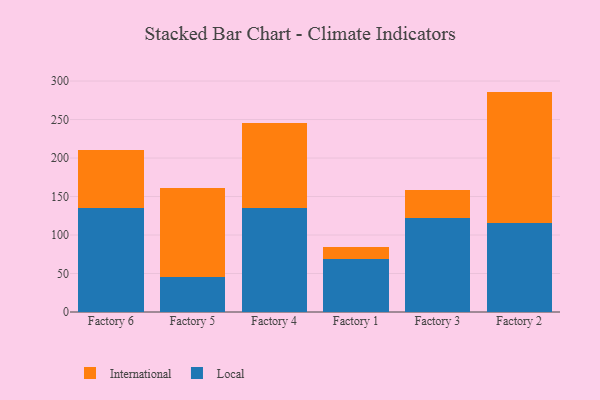
{"axis": {"x": "Factory", "y": "Operating Costs (USD K)"}, "legend": ["International", "Local"], "data": [{"x": "Factory 6", "y": 135.1, "type": "Local"}, {"x": "Factory 6", "y": 74.7, "type": "International"}, {"x": "Factory 5", "y": 45.6, "type": "Local"}, {"x": "Factory 5", "y": 115.4, "type": "International"}, {"x": "Factory 4", "y": 134.5, "type": "Local"}, {"x": "Factory 4", "y": 111.6, "type": "International"}, {"x": "Factory 1", "y": 69.4, "type": "Local"}, {"x": "Factory 1", "y": 14.4, "type": "International"}, {"x": "Factory 3", "y": 121.9, "type": "Local"}, {"x": "Factory 3", "y": 36.1, "type": "International"}, {"x": "Factory 2", "y": 115.6, "type": "Local"}, {"x": "Factory 2", "y": 170.7, "type": "International"}]}